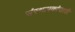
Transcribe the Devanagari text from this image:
संस्थापकांसाठी